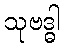
သုဗဒ္ဓါ